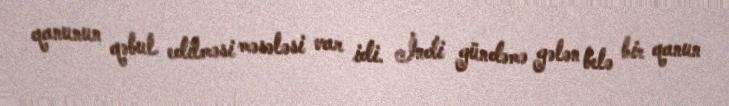
qanunun qəbul edilməsi məsələsi var idi. İndi gündəmə gələn belə bir qanun